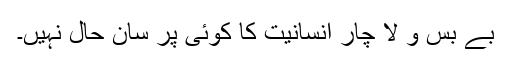
بے بس و لا چار انسانیت کا کوئی پر سان حال نہیں۔